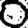
Digit: 0